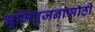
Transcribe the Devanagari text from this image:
भूमिपुजनासाठी